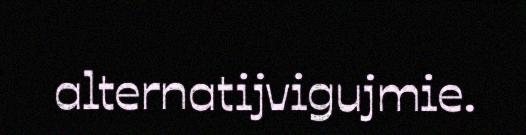
alternatijvigujmie.